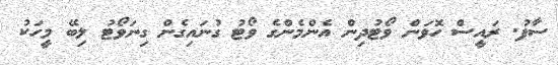
ސާފު. ރައީސް ހޮވަން ވޯޓުދިން އެންމެންގެ ވޯޓު ގުނައިގެން ގިނަވޯޓު ލިބޭ މީހަކު